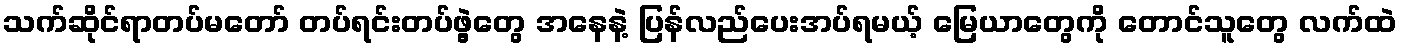
သက်ဆိုင်ရာတပ်မတော် တပ်ရင်းတပ်ဖွဲ့တွေ အနေနဲ့ ပြန်လည်ပေးအပ်ရမယ့် မြေယာတွေကို တောင်သူတွေ လက်ထဲ